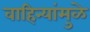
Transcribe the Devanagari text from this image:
वाहिन्यांमुळे